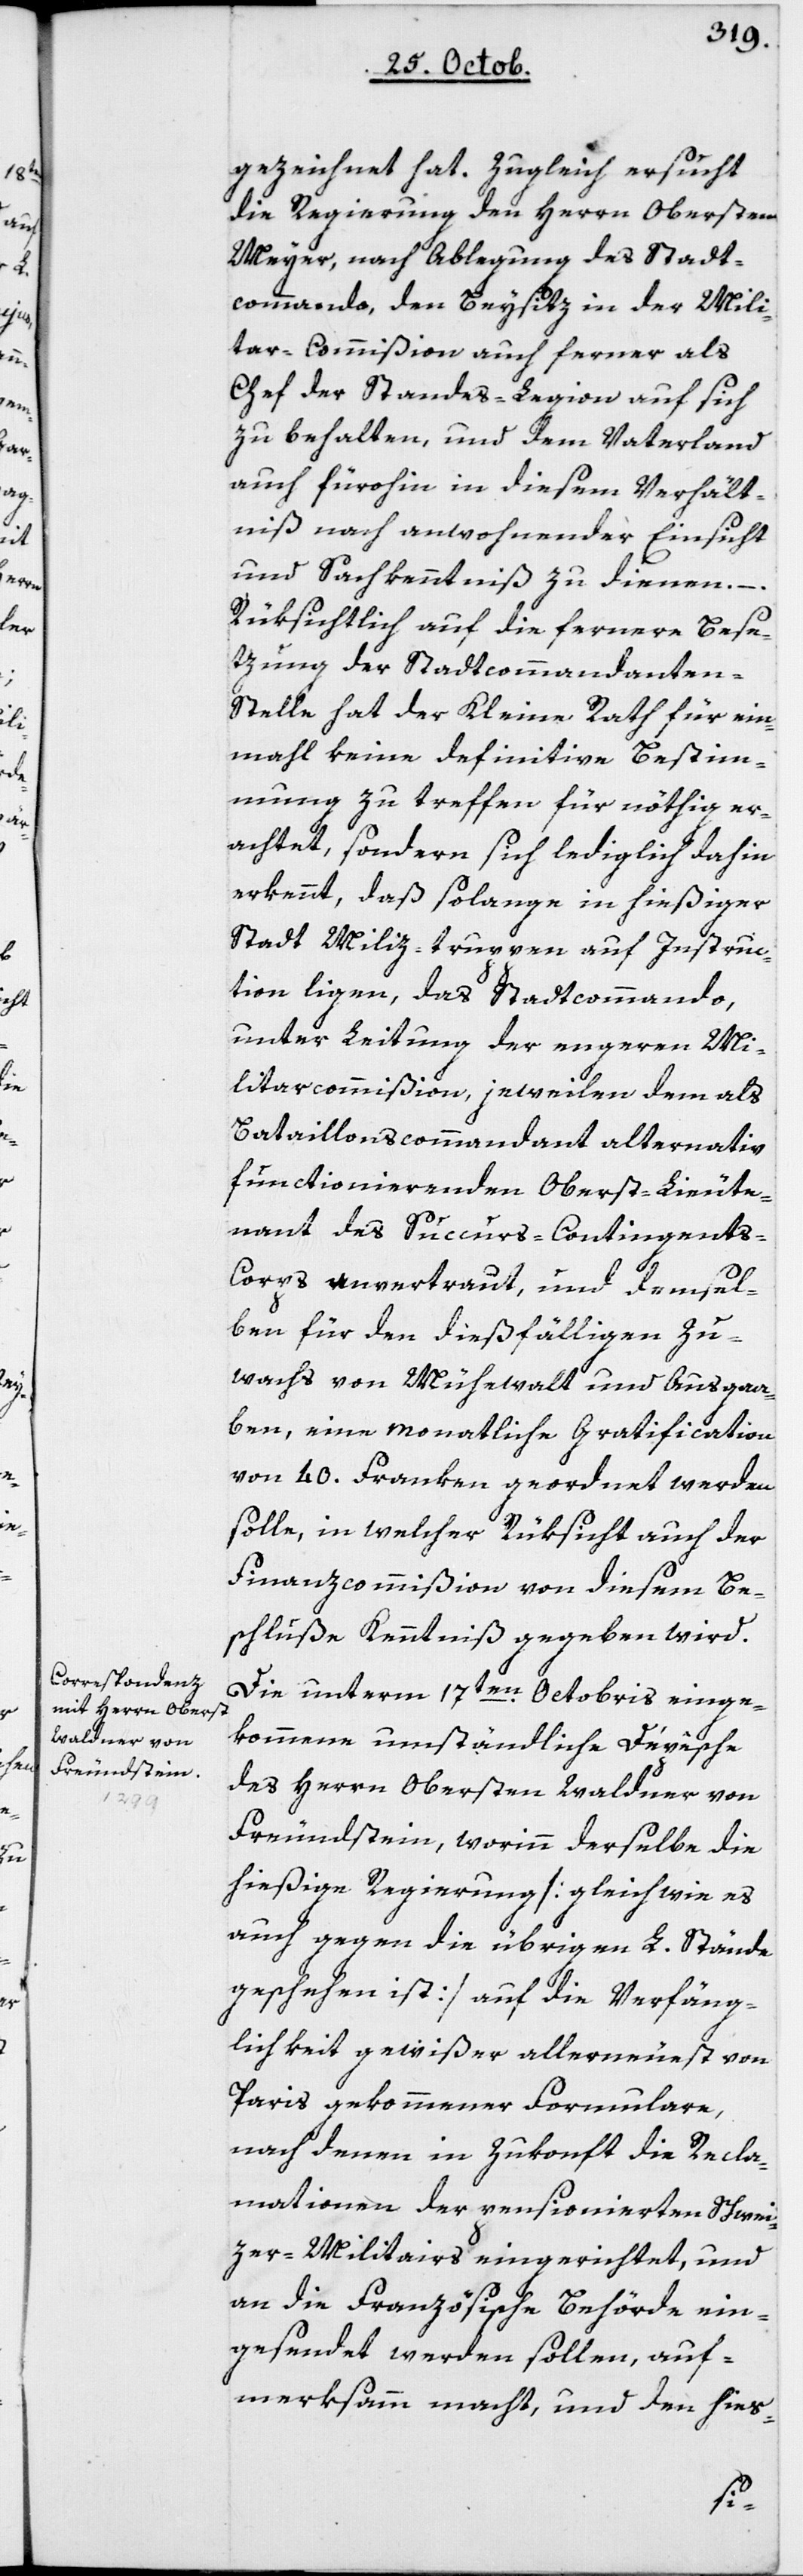
gezeichnet hat. Zugleich ersucht
die Regierung den Herrn Obersten
Meyer, nach Ablegung des Stadt¬
commando, den Beysitz in der Mili¬
tarcommißion auch ferner als
Chef der Standes-Legion auf sich
zu behalten, und dem Vaterland
auch fürohin in diesem Verhält¬
nis nach anwohnender Einsicht
und Sachkenntniß zu dienen.
Rüksichtlich auf die fernere Bese¬
zung der Stadtcommandanten-S¬
telle hat der Kleine Rath für ein¬
mal keine definitive Bestim¬
mung zu treffen für nöthig er¬
achtet, sondern sich lediglich dahin
erkennt, daß solange in hießiger
Stadt Miliz-Truppen auf Instruc¬
tion liegen, das Stadtcommando,
unter Leitung der engeren Mi¬
litarcommißion, jeweilen dem als
Bataillons-Commandant alternativ
functionierenden Oberst-Lieute¬
nant des Succurscontingents-C¬
orps anvertraut, und demsel¬
ben für den dießfälligen Zu¬
wachs von Mühewalt und Ausga¬
ben, eine monatliche Gratification
von 40 Franken geordnet werden
solle, in welcher Rüksicht auch der
Finanzcommißion von diesem Be¬
schluße Kenntniß gegeben wird.
Die unterm 17ten Octobris einge¬
kommene umständliche Dépêche
des Herrn Obersten Waldner von
Freundstein, worinn derselbe die
hießige Regierung [gleichwie es
auch gegen die übrigen L. Stände
geschehen ist] auf die Verfäng¬
lichkeit gewißer allerneust von
Paris gekommener Formulare,
nach denen in Zukonft die Recla¬
mationen der pensionierten Schwei¬
zer-Militairs eingerichtet, und
an die Französische Behörde ein¬
gesendet werden sollen, auf¬
merksamm macht, und den hies-